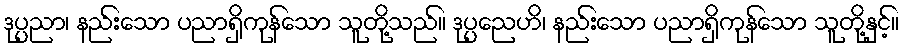
ဒုပ္ပညာ၊ နည်းသော ပညာရှိကုန်သော သူတို့သည်။ ဒုပ္ပညေဟိ၊ နည်းသော ပညာရှိကုန်သော သူတို့နှင့်။